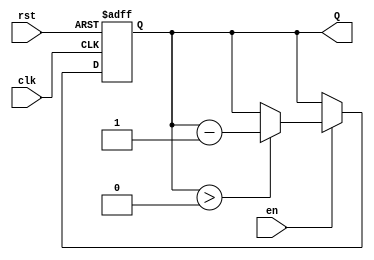
module binary_down_counter (
    input wire clk,          // Clock signal
    input wire rst,          // Asynchronous reset signal
    input wire en,           // Enable signal
    output reg [3:0] Q       // 4-bit output count
);

    // Maximum count value for a 4-bit counter
    localparam MAX_COUNT = 4'b1111; // 15 in decimal

    // Asynchronous reset and clock edge triggered process
    always @(posedge clk or posedge rst) begin
        if (rst) begin
            // Reset to maximum count
            Q <= MAX_COUNT;
        end else if (en) begin
            // Decrement the counter if enabled
            if (Q > 0) begin
                Q <= Q - 1;
            end
            // If Q is 0, it remains 0
        end
    end

endmodule